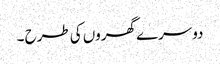
دوسرے گھروں کی طرح ۔